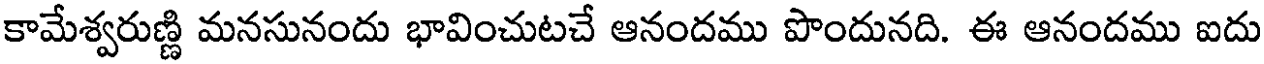
కామేశ్వరుణ్ణి మనసునందు భావించుటచే ఆనందము పొందునది. ఈ ఆనందము ఐదు